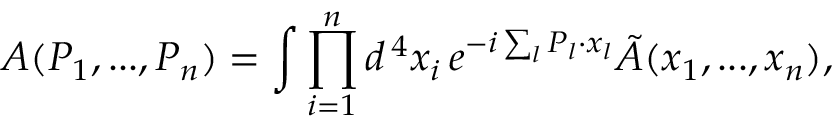
{ \cal A } ( P _ { 1 } , . . . , P _ { n } ) = \int \prod _ { i = 1 } ^ { n } d ^ { \, 4 } x _ { i } \, e ^ { - i \sum _ { l } P _ { l } \cdot x _ { l } } \tilde { A } ( x _ { 1 } , . . . , x _ { n } ) ,